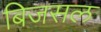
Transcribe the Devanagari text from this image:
बिजसल